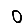
Digit: 0